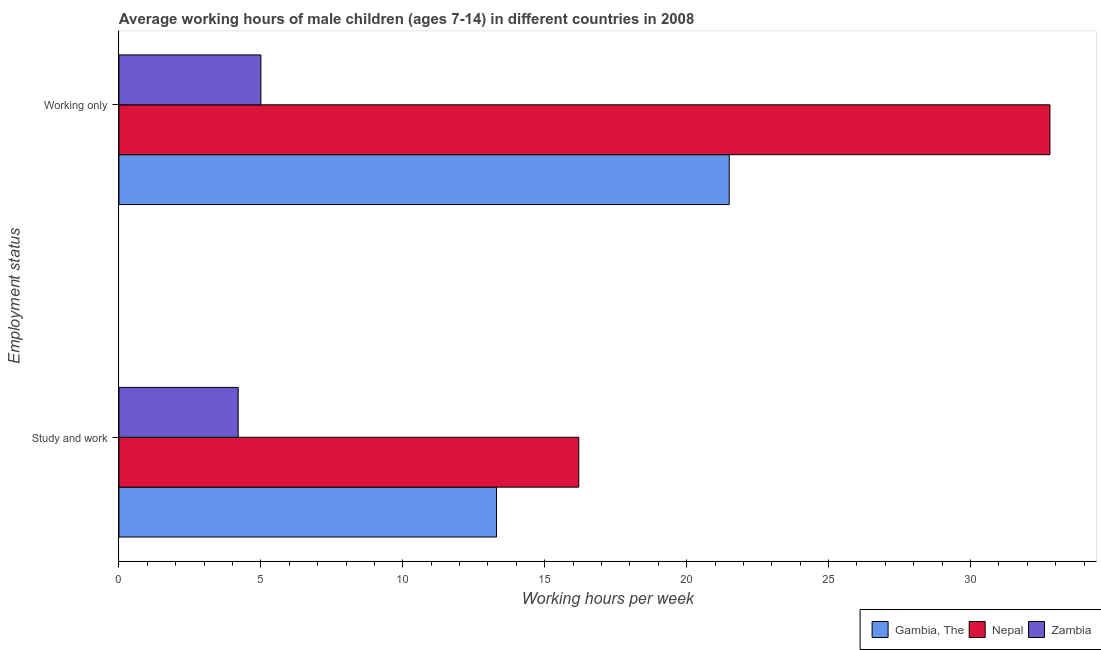
| Employment status | Gambia, The | Nepal | Zambia |
 | --- | --- | --- | --- |
 | Study and work | 13.3 | 16.2 | 4.2 |
 | Working only | 21.5 | 32.8 | 5 |